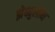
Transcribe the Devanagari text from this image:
झेब्युलॉन